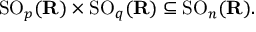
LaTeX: \operatorname { S O } _ { p } ( \mathbf { R } ) \times \operatorname { S O } _ { q } ( \mathbf { R } ) \subseteq \operatorname { S O } _ { n } ( \mathbf { R } ) .